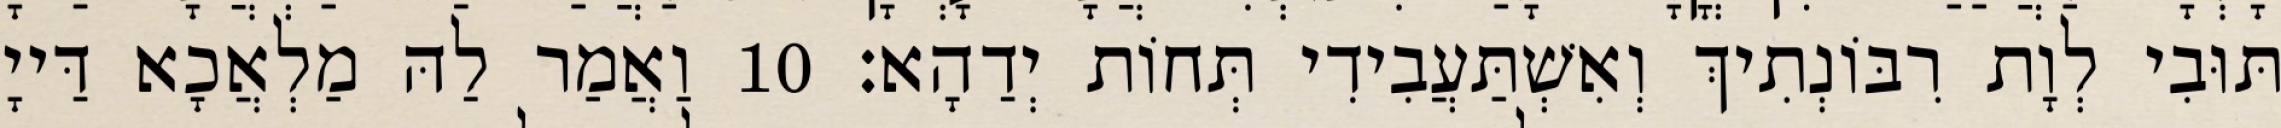
תּוּבִי לְוָת רִבּוֹנְתִיךְ וְאִשְׁתַּעֲבִידִי תְּחוֹת יְדַהָא׃ 10 וַאֲמַר לַהּ מַלְאֲכָא דַּייָ